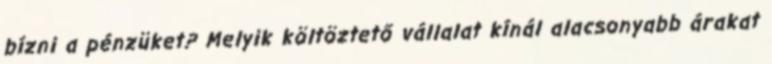
bízni a pénzüket? Melyik költöztető vállalat kínál alacsonyabb árakat